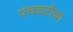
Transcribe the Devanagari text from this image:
पंचवटीचा